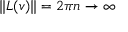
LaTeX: \| L ( v ) \| = 2 \pi n \to \infty